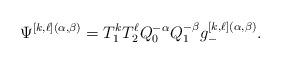
LaTeX: \begin{gather*} \Psi^{[k,\ell](\alpha,\beta)} =T_{1}^{k}T_{2}^{\ell}Q_0^{-\alpha}Q_1^{-\beta}g_{-}^{[k,\ell](\alpha,\beta)}.\end{gather*}